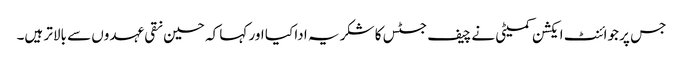
جس پر جوائنٹ ایکشن کمیٹی نے چیف جسٹس کا شکر یہ ادا کیا اور کہا کہ حسین نقی عہدوں سے بالاتر ہیں۔